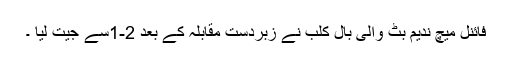
فائنل میچ ندیم بٹ والی بال کلب نے زبردست مقابلہ کے بعد 2-1سے جیت لیا ۔